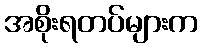
အစိုးရတပ်များက